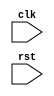
module AXI_Controller (
    input wire clk,
    input wire rst,
    // Add additional input/output ports as needed
);

// Define your timing control and synchronization logic here
// Include logic for read/write operations timing control
// Include logic for clock domain synchronization
// Include logic for arbitration and prioritization of transactions
// Include error detection and correction logic

endmodule